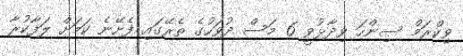
ވިކްރަމް ސިންހަ ވިދާޅުވީ 6 މަސް ދުވަހުގެ ތެރޭގައި ފެށޭނެ ކަމަށް ލަފާކުރާ